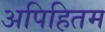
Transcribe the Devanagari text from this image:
अपिहितम